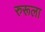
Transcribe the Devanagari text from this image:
रुरूला